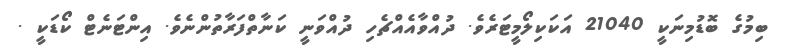
ބިމުގެ ބޮޑުމިނަކީ 21040 އަކަކިލޯމީޓަރެވެ. ދުއްވާއެއްޗެހި ދުއްވަނީ ކަނާތްފަރާތުންނެވެ. އިންޓަނެޓް ކޯޑަކީ .